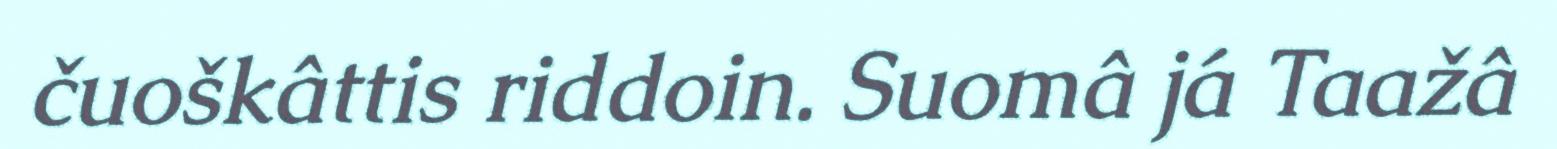
čuoškâttis riddoin. Suomâ já Taažâ